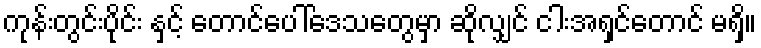
ကုန်းတွင်းပိုင်း နှင့် တောင်ပေါ်ဒေသတွေမှာ ဆိုလျှင် ငါးအရှင်တောင် မရှိ။